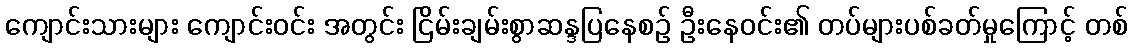
ကျောင်းသားများ ကျောင်းဝင်း အတွင်း ငြိမ်းချမ်းစွာဆန္ဒပြနေစဉ် ဦးနေဝင်း၏ တပ်များပစ်ခတ်မှုကြောင့် တစ်